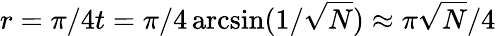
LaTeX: r=\pi/4t=\pi/4\arcsin(1/{\sqrt{N}})\approx\pi{\sqrt{N}}/4